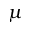
\mu